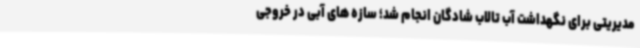
مدیریتی برای نگهداشت آب تالاب شادگان انجام شد؛ سازه های آبی در خروجی